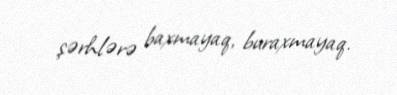
şərhlərə baxmayaq, buraxmayaq.